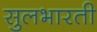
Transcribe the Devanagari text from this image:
सुलभारती